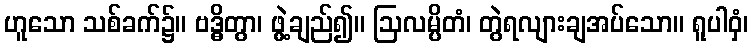
ဟူသော သစ်ခက်၌။ ဗဒ္ဓိတွာ၊ ဖွဲ့ချည်၍။ ဩလမ္ပိတံ၊ တွဲရလျားချအပ်သော။ ရူပါဝှံ၊